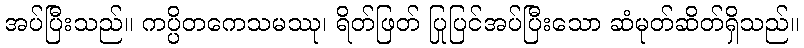
အပ်ပြီးသည်။ ကပ္ပိတကေသမဿု၊ ရိတ်ဖြတ် ပြုပြင်အပ်ပြီးသော ဆံမုတ်ဆိတ်ရှိသည်။